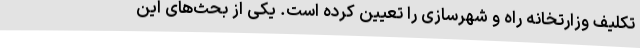
تکلیف وزارتخانه راه و شهرسازی را تعیین کرده است. یکی از بحث‌های این